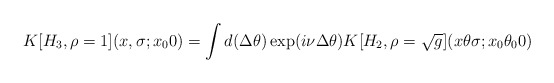
\begin{align*}K[H_3 ,\rho =1](x,\sigma ; x_00) = \int d(\Delta \theta ) \exp(i\nu \Delta\theta ) K[H_2,\rho =\sqrt{g}](x\theta \sigma ; x_0\theta _00)\end{align*}